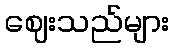
ဈေးသည်များ